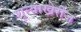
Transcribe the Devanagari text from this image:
शून्याखेरीज